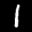
Label: 1